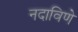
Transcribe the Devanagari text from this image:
नदाविणे